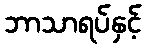
ဘာသာရပ်နှင့်